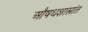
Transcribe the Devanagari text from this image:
औषधशास्त्रांत